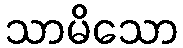
သာမိသော